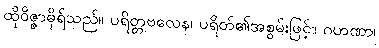
ထိုဝိဇ္ဇာဓိုရ်သည်။ ပရိတ္တဗလေန၊ ပရိတ်၏အစွမ်းဖြင့်။ ဂဟဏာ၊